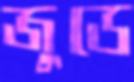
জুডে